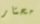
محتار